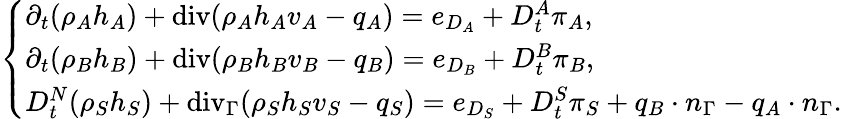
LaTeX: \left\{ \begin{array}{ll}{\partial_{t}(\rho_{A}h_{A})+\mathrm{{div}}(\rho_{A}h_{A}v_{A}-q_{A})=e_{D_{A}}+D_{t}^{A}\pi_{A},}\\ {\partial_{t}(\rho_{B}h_{B})+{\mathrm{div}}(\rho_{B}h_{B}v_{B}-q_{B})=e_{D_{B}}+D_{t}^{B}\pi_{B},}\\ {D_{t}^{N}(\rho_{S}h_{S})+\mathrm{{div}}_{\Gamma}(\rho_{S}h_{S}v_{S}-q_{S})=e_{D_{S}}+D_{t}^{S}\pi_{S}+q_{B}\cdot n_{\Gamma}-q_{A}\cdot n_{\Gamma}.}\end{array}\right.